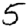
Digit: 5